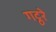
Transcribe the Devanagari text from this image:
गट्ठरे